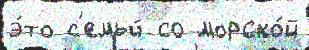
э́то с'емьи́ со морско́й